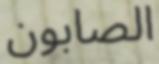
الصابون